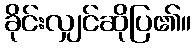
ခိုင်းလျှင်ဆိုပြ၏။